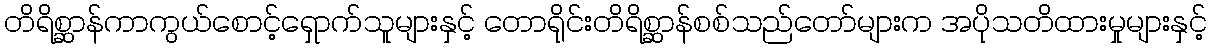
တိရိစ္ဆာန်ကာကွယ်စောင့်ရှောက်သူများနှင့် တောရိုင်းတိရိစ္ဆာန်စစ်သည်တော်များက အပိုသတိထားမှုများနှင့်